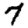
Digit: 7